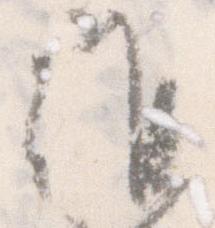
候